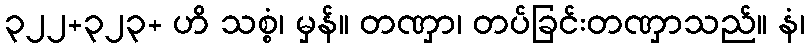
၃၂၂+၃၂၃+ ဟိ သစ္စံ၊ မှန်။ တဏှာ၊ တပ်ခြင်းတဏှာသည်။ နံ၊